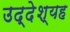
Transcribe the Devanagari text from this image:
उद्देश्यह